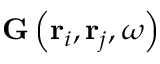
\mathbf { G } \left( \mathbf { r } _ { i } , \mathbf { r } _ { j } , \omega \right)